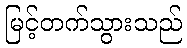
မြင့်တက်သွားသည်